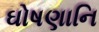
ઘોષણાનિ